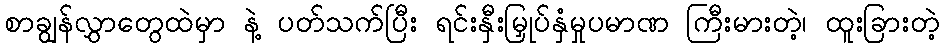
စာချွန်လွှာတွေထဲမှာ နဲ့ ပတ်သက်ပြီး ရင်းနှီးမြှုပ်နှံမှုပမာဏ ကြီးမားတဲ့၊ ထူးခြားတဲ့